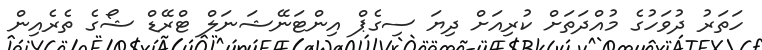
ހަތަރު ދުވަހުގެ މުއްދަތަށް ކުރިއަށް ދިޔަ ސިގެޕް އިންޓަނޭޝަނަލް ޓްރޭޑް ޝޯގެ ތެރެއިން